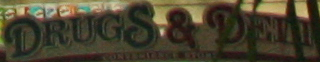
DRUGS & DEM